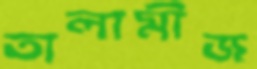
তালামীজ